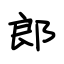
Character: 郎